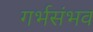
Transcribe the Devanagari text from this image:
गर्भसंभव